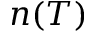
n ( T )